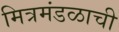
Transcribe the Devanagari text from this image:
मित्रमंडळाची